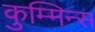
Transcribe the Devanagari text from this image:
कुम्मिन्स